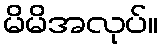
မိမိအလုပ်။